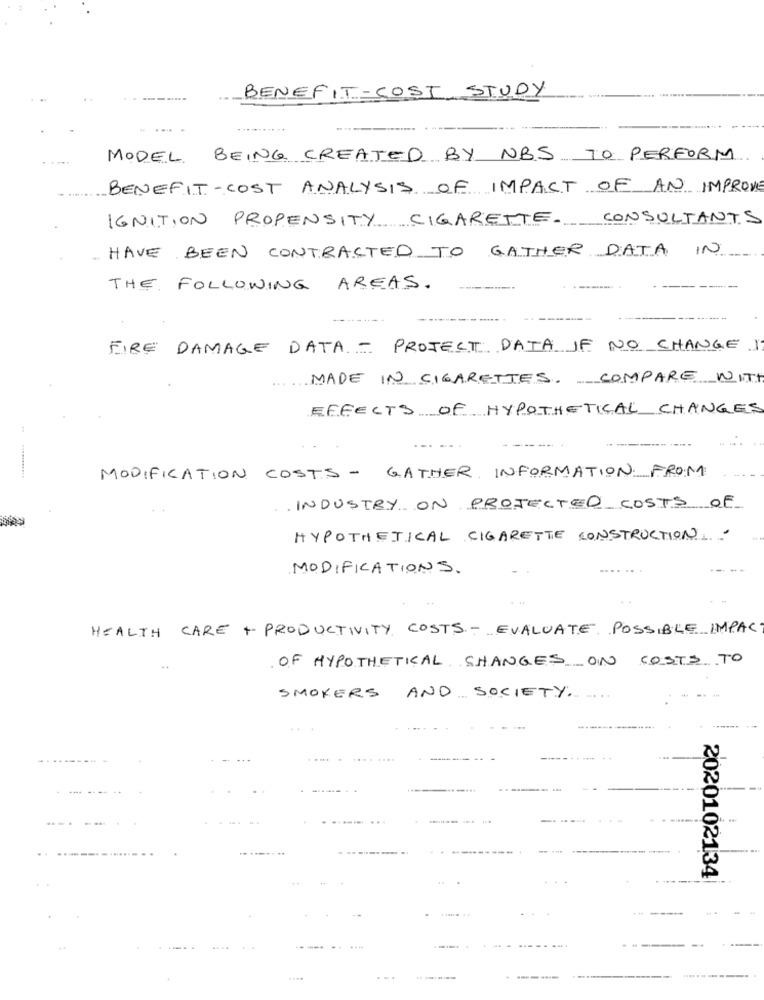
BENEFIT-COST STUDY
MODEL BEING CREATED BY NBS TO PERFORM
BENEFIT-COST ANALYSIS OF IMPACT OF AN IMPROVE
IGNITION PROPENSITY CIGARETTE. CONSULTANTS
HAVE BEEN CONTRACTED TO GATHER DATA IN
THE FOLLOWING AREAS.
--
FIRE DAMAGE DATA - PROJECT DATA IF NO CHANGE I
MADE IN CIGARETTES. COMPARE WITH
EFFECTS OF HYPOTHETICAL CHANGES
MODIFICATION COSTS - GATHER INFORMATION FROM
INDUSTRY ON PROJECTED COSTS OF
HYPOTHETICAL CIGARETTE CONSTRUCTION. .
MODIFICATIONS.
HEALTH CARE + PRODUCTIVITY COSTS - EVALUATE POSSIBLE IMPAC
OF HYPOTHETICAL CHANGES ON COSTS TO
SMOKERS AND SOCIETY.
.... . .... ....
...
........
2020102134
...